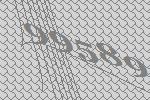
99589